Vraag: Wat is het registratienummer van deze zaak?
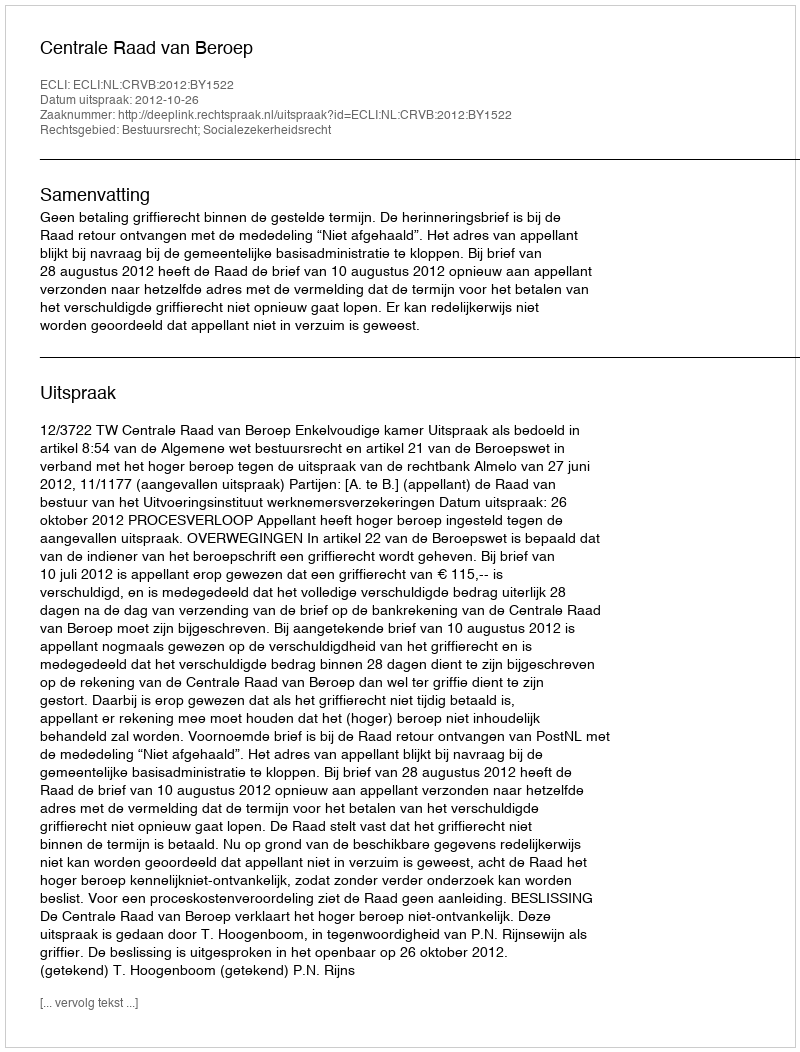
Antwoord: http://deeplink.rechtspraak.nl/uitspraak?id=ECLI:NL:CRVB:2012:BY1522